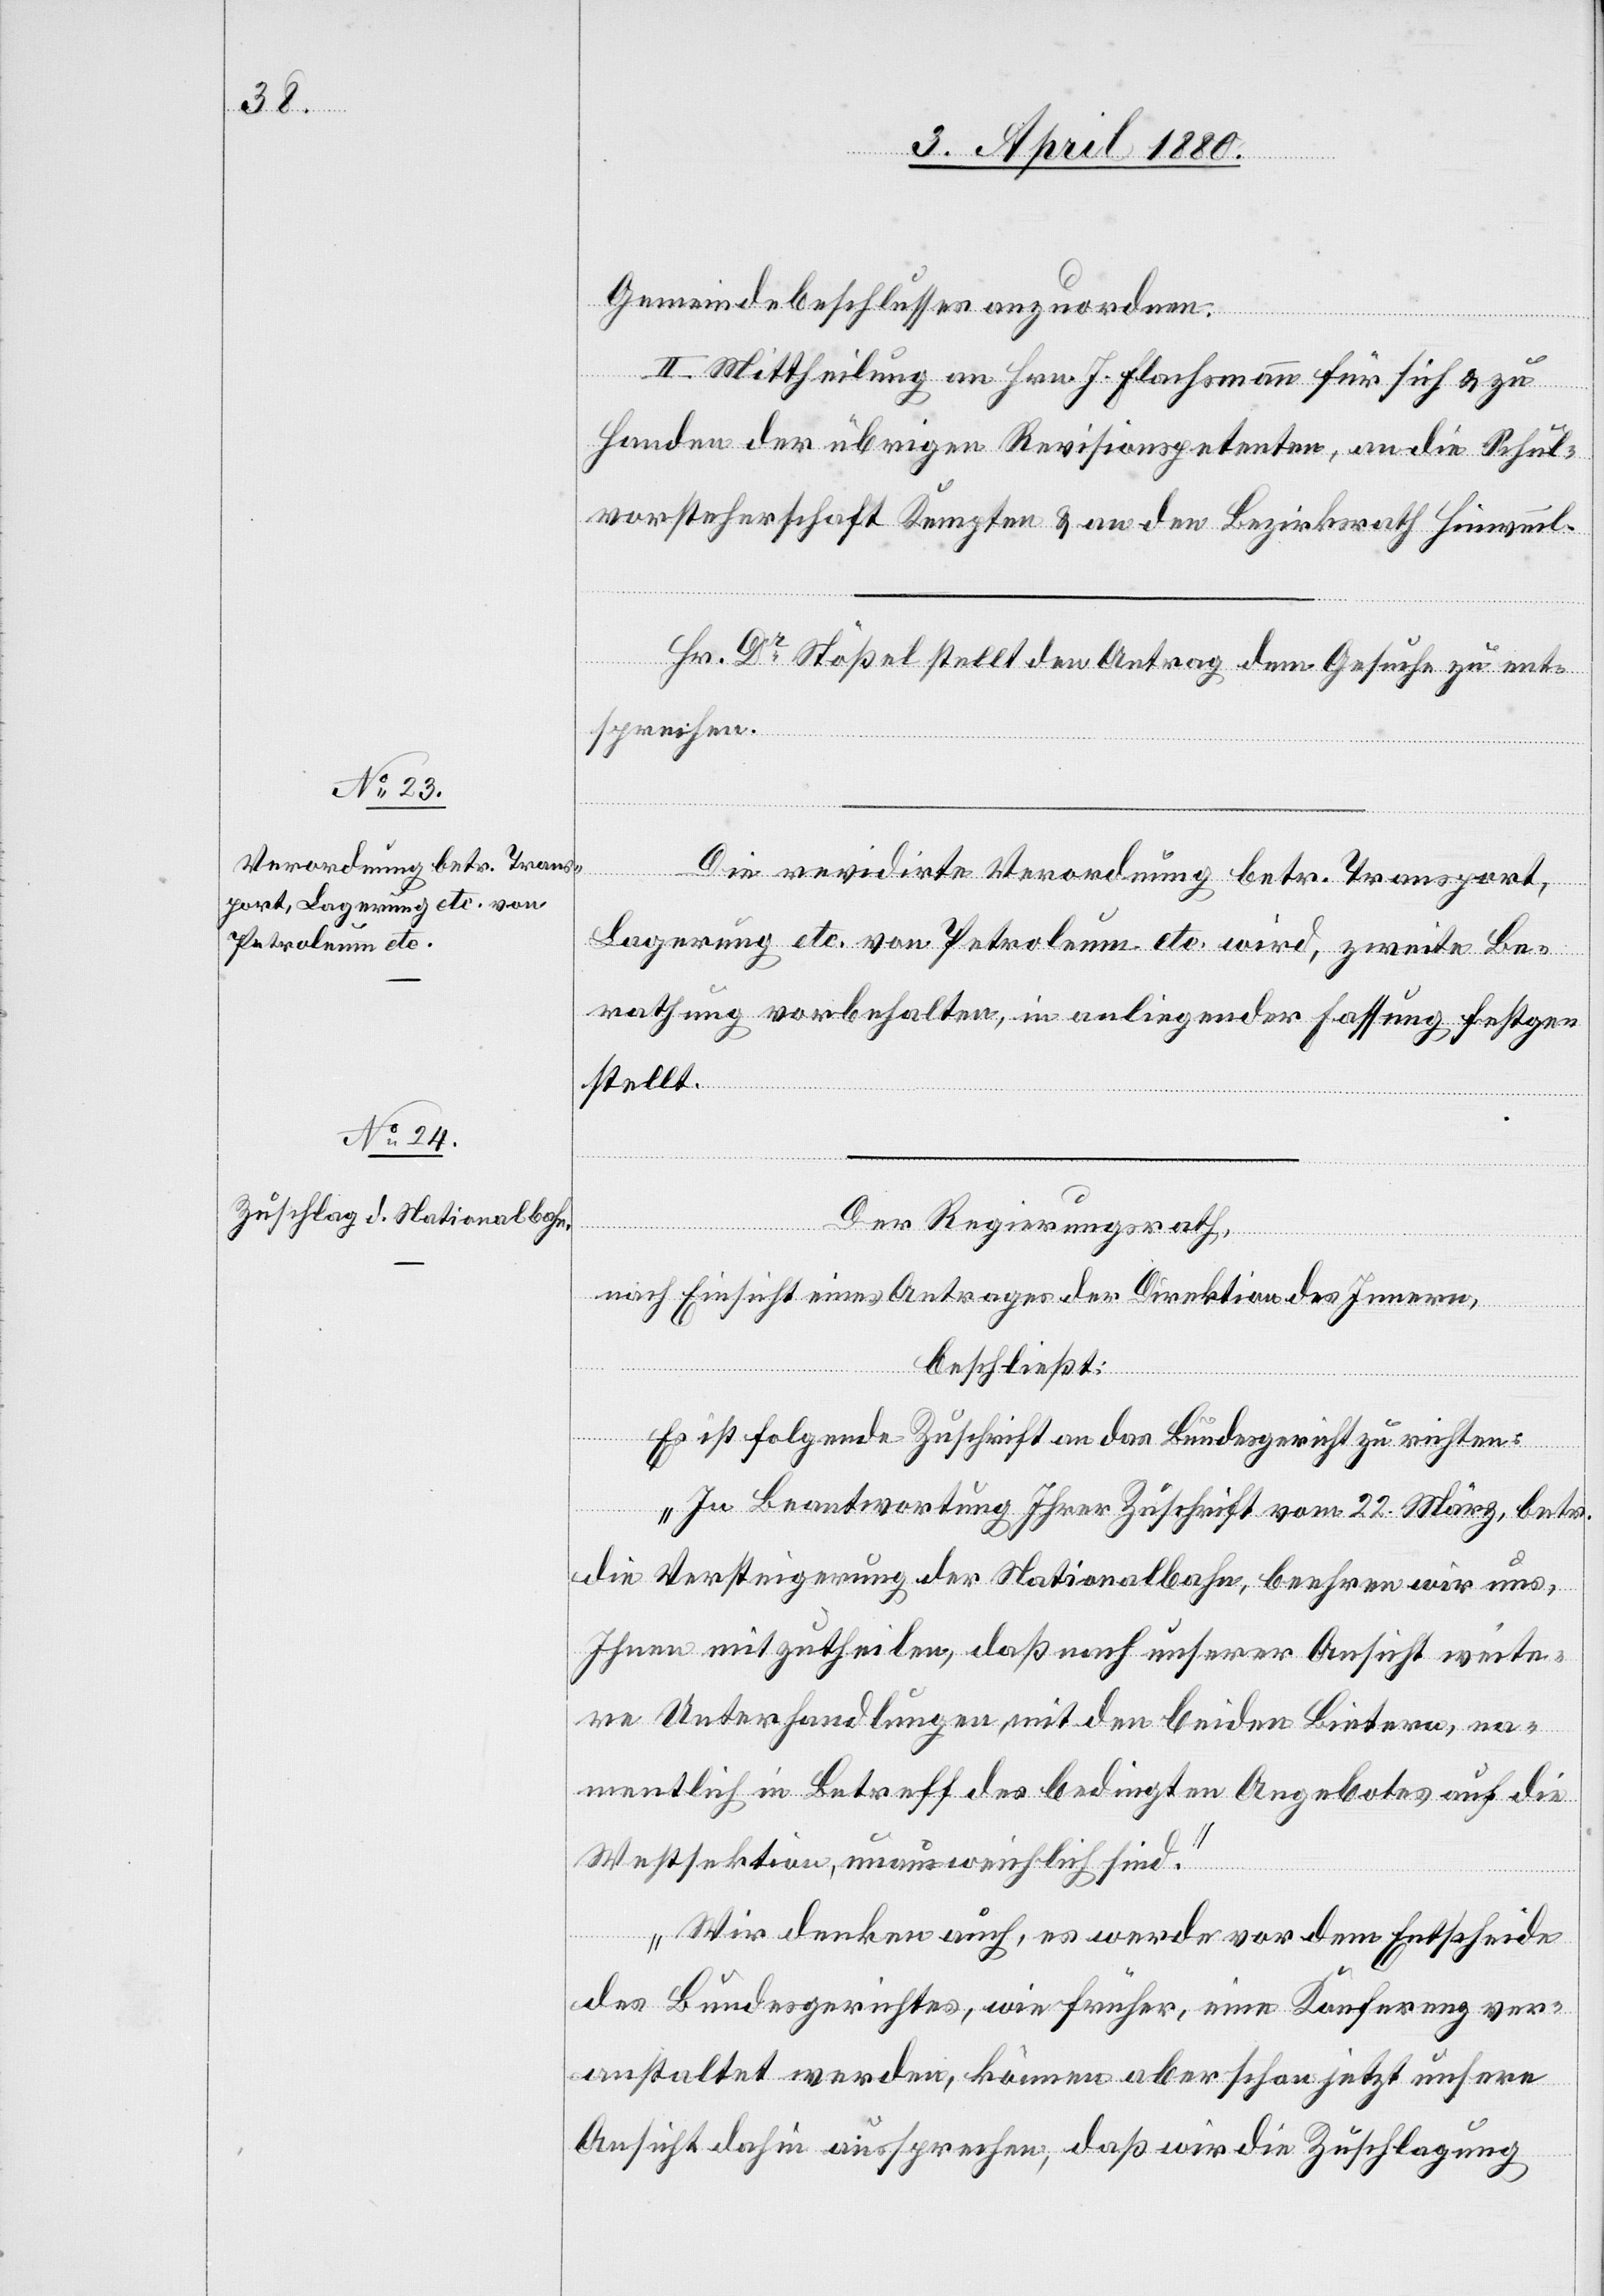
Gemeindebeschlusses anzuordnen.
II. Mittheilung an Hrn. J. Flachsmann für sich & zu
Handen der übrigen Revisionspetenten, an die Schul¬
vorsteherschaft Kempten & an den Bezirksrath Hinweil.
Die revidirte Verordnung betr. Transport,
Lagerung etc. von Petroleum etc. wird, zweite Be¬
rathung vorbehalten, in anliegender Fassung festge¬
stellt.
Der Regierungsrath;
nach Einsicht eines Antrages der Direktion des Innern,
beschließt:
Es ist folgende Zuschrift an das Bundesgericht zu richten:
„In Beantwortung Ihrer Zuschrift vom 22. März, betr.
die Versteigerung der Nationalbahn, beehren wir uns,
Ihnen mitzutheilen, daß nach unserer Ansicht weite¬
re Unterhandlungen mit den beiden Bietern, na¬
mentlich in Betreff des bedingten Angebotes auf die
Westsektion, unausweichlich sind.
Wir denken auch, es werde vor dem Entscheide
des Bundesgerichtes, wie früher, eine Konferenz ver¬
anstaltet werden, können aber schon jetzt unsere
Ansicht dahin aussprechen, daß wir die Zuschlagung